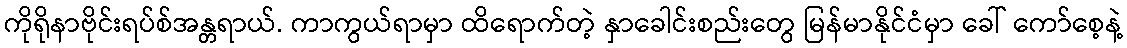
ကိုရိုနာဗိုင်းရပ်စ်အန္တရာယ်. ကာကွယ်ရာမှာ ထိရောက်တဲ့ နှာခေါင်းစည်းတွေ မြန်မာနိုင်ငံမှာ ခေါ် ကော်စေ့နဲ့